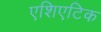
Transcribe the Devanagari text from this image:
एशिएटिक